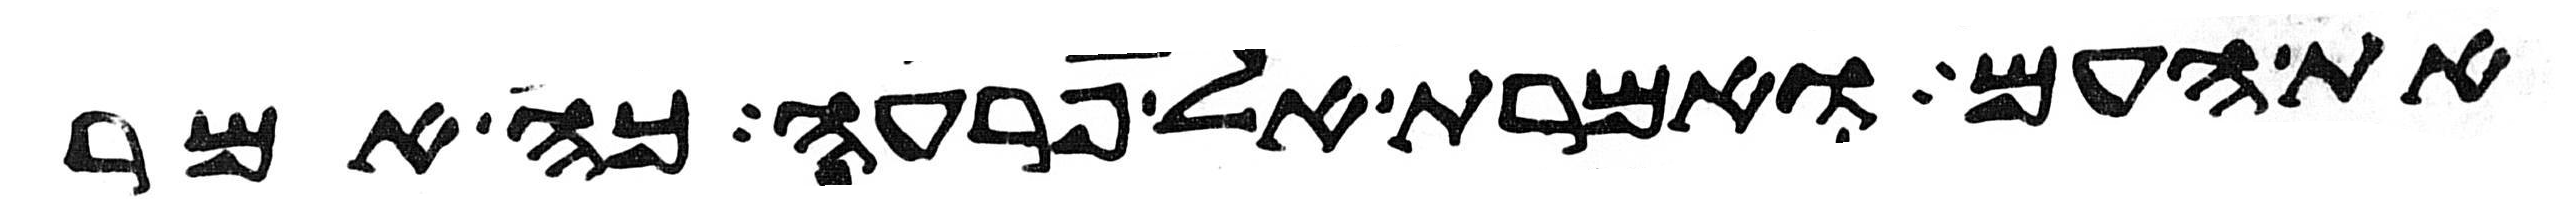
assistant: את העם ואמרת אל פרעה כה אמר